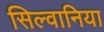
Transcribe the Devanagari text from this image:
सिल्वानिया